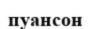
пуансон